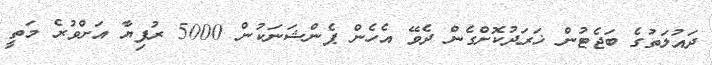
ދައުލަތުގެ ބަޖެޓުން ޚަރަދުކޮށްގެން ދެވޭ އެހެން ޕެންޝަނަކުން 5000 ރުފިޔާ އަށްވުރެ މަތީ